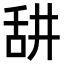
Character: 𦧏